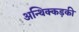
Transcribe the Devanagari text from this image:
अन्थिक्कड़की